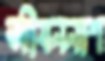
জীবননাশ